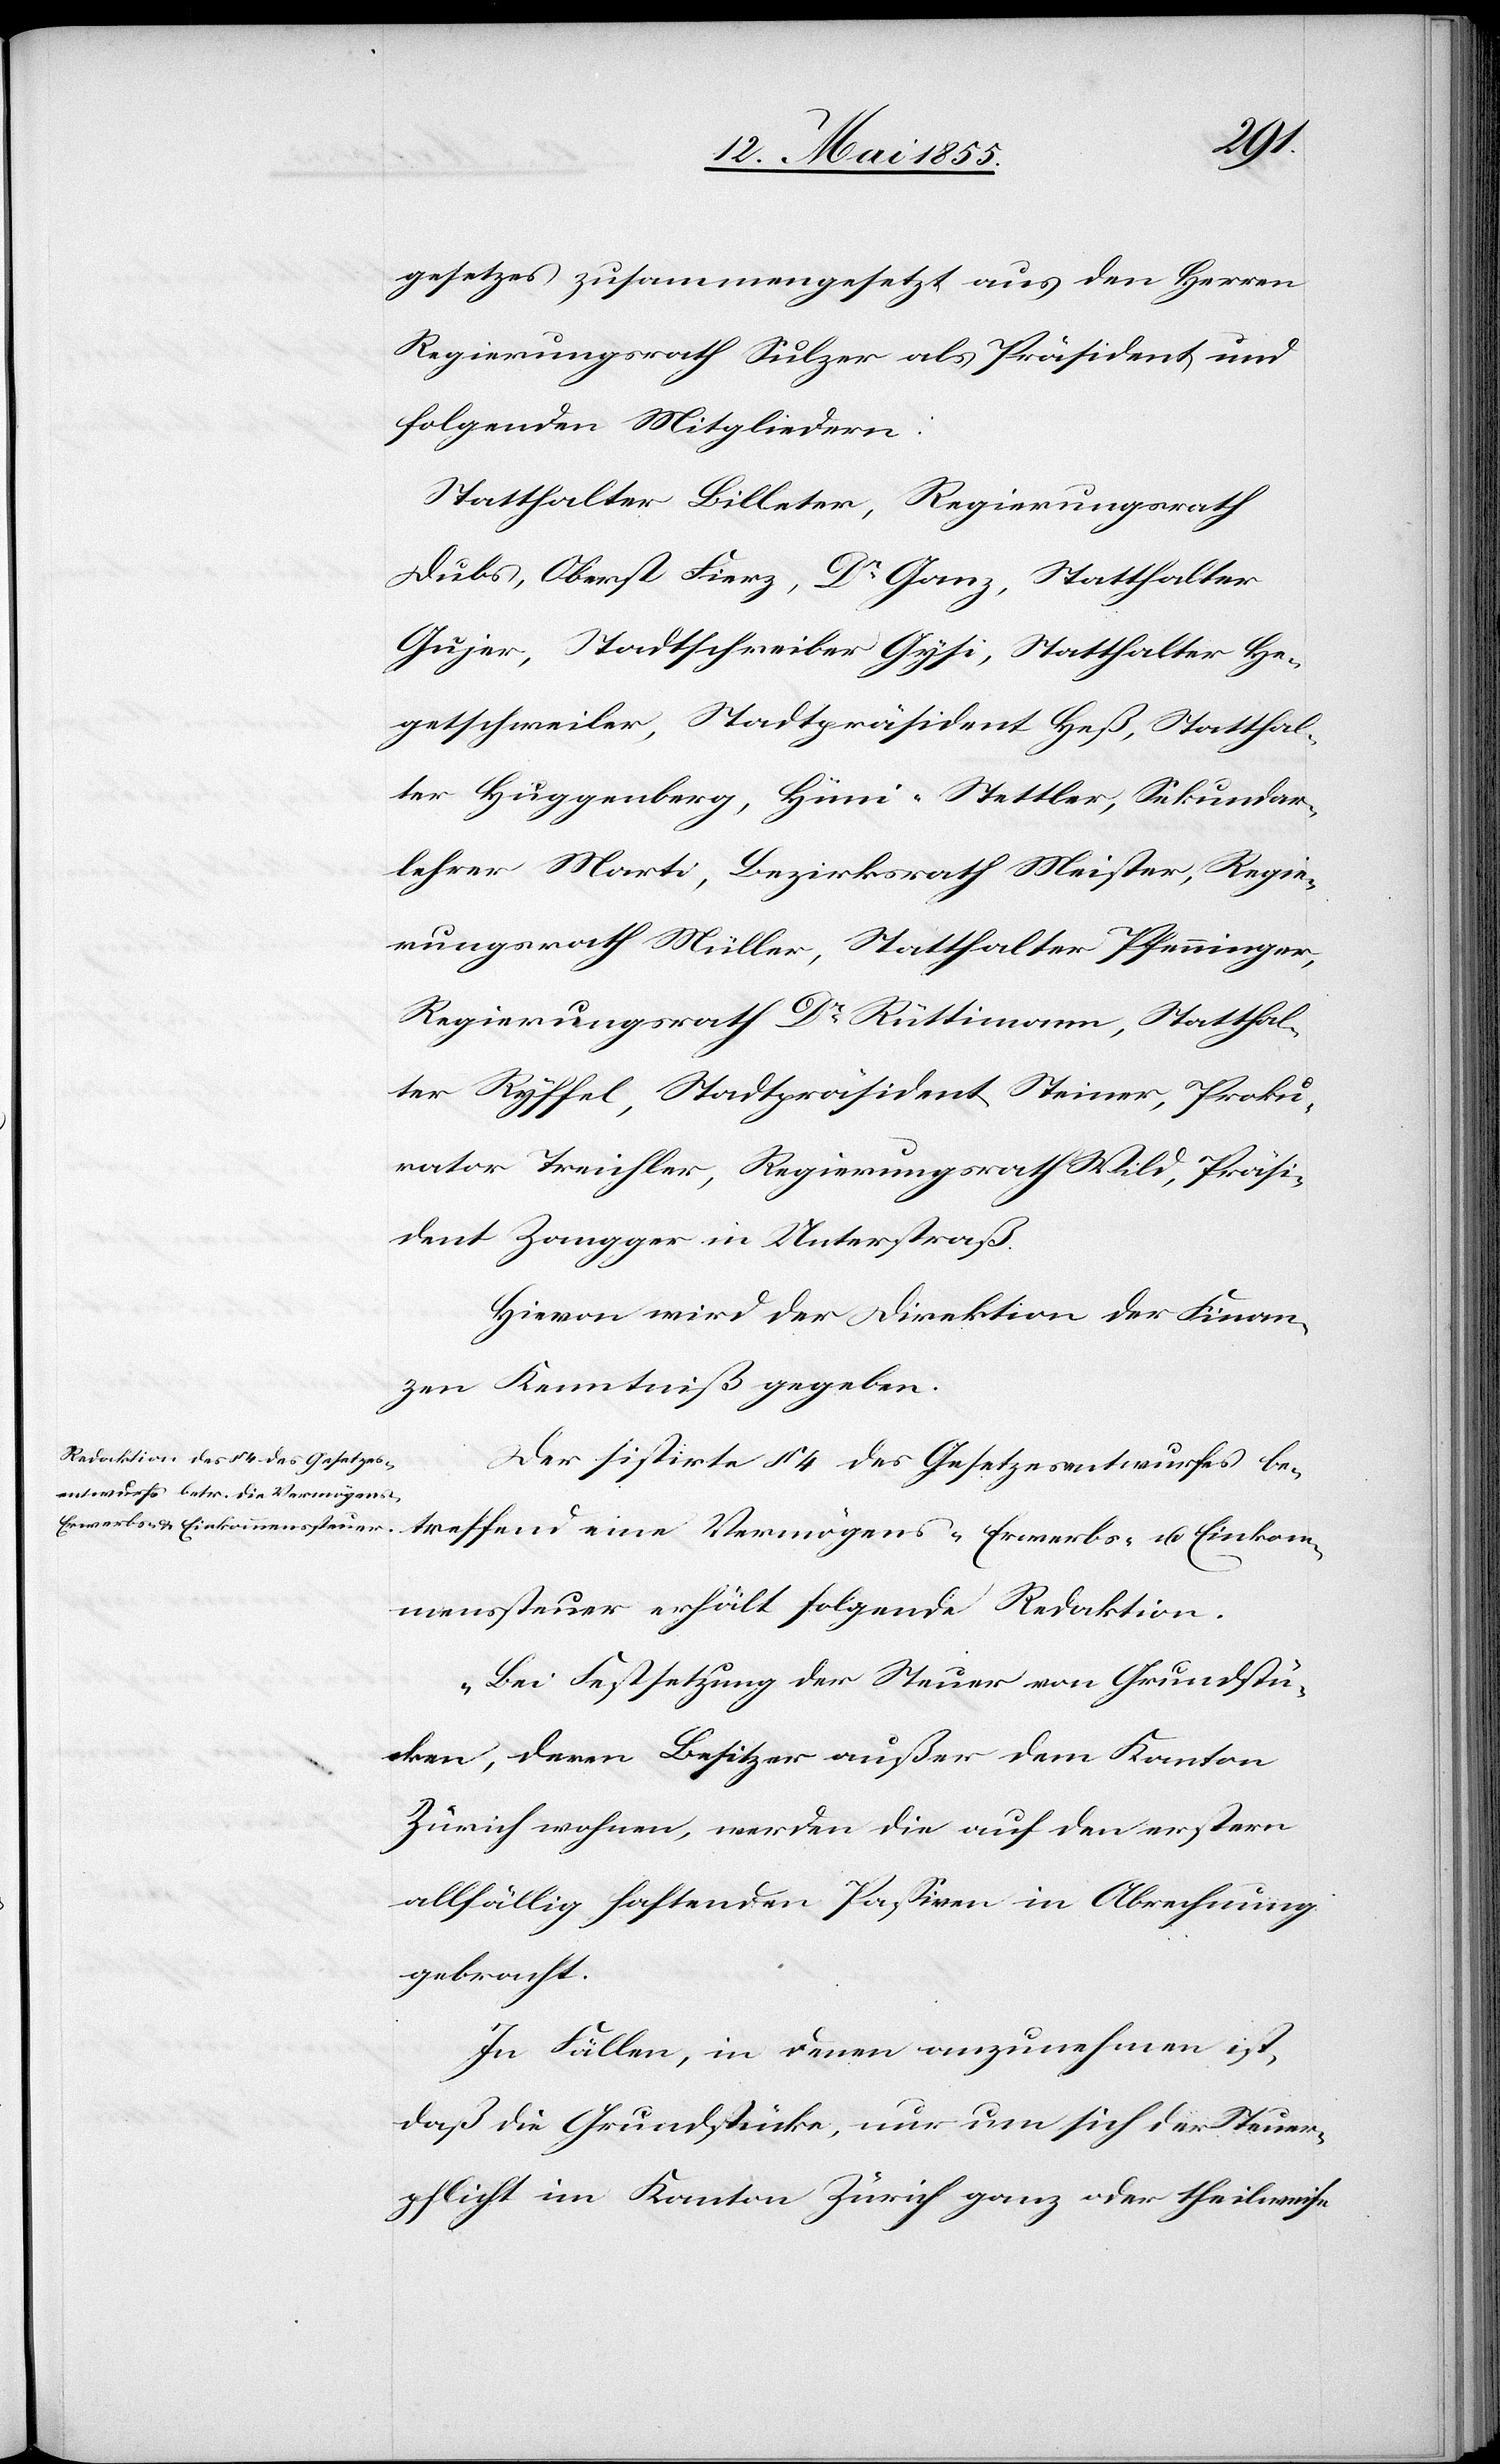
gesetzes zusammengesetzt aus den Herren
Regierungsrath Sulzer als Präsident und
folgenden Mitgliedern:
Statthalter Billeter, Regierungsrath
Dubs, Oberst Fierz, Dr Ganz, Statthalter
Gujer, Stadtschreiber Gysi, Statthalter He¬
getschweiler, Stadtpräsident Heß, Statthal¬
ter Huggenberg, Hüni-Stettler, Sekundar¬
lehrer Marti, Bezirksrath Meister, Regie¬
rungsrath Müller, Statthalter Pfenninger,
Regierungsrath Dr Rüttimann, Statthal¬
ter Ryffel, Stadtpräsident Steiner, Proku¬
rator Treichler, Regierungsrath Wild, Präsi¬
dent Zangger in Unterstraß.
Hievon wird der Direktion der Finan¬
zen Kenntniß gegeben.
Der sistirte § 4 des Gesetzesentwurfes be¬
treffend eine Vermögens-[,] Erwerbs- u. Einkom¬
menssteuer erhält folgende Redaktion.
„Bei Festsetzung der Steuer von Grundstü¬
cken, deren Besitzer außer dem Kanton
Zürich wohnen, werden die auf den erstern
allfällig haftenden Passiven in Abrechnung
gebracht.
In Fällen, in denen anzunehmen ist,
daß die Grundstücke, nur um sich der Steuer¬
pflicht im Kanton Zürich ganz oder theilweise